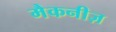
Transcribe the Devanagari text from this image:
मैकनीज़